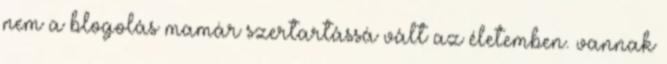
nem a blogolás mamár szertartássá vált az életemben. vannak